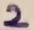
Text: 2